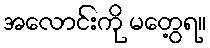
အလောင်းကို မတွေ့ရ။